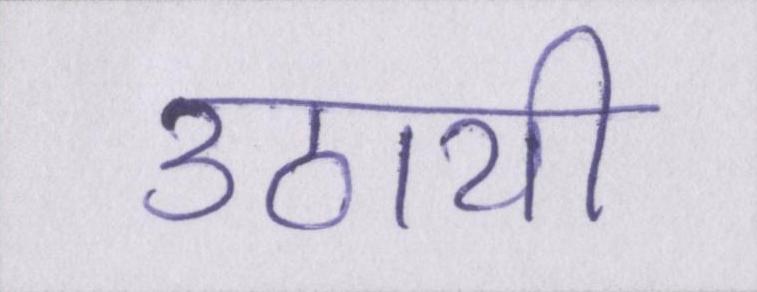
उठायी